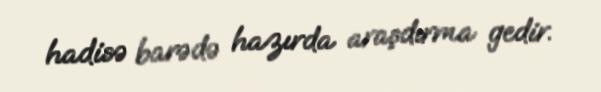
hadisə barədə hazırda araşdırma gedir.